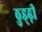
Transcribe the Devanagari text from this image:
ठुड्ढ़ी